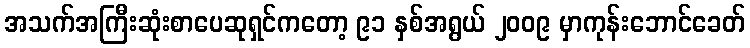
အသက်အကြီးဆုံးစာပေဆုရှင်ကတော့ ၉၁ နှစ်အရွယ် ၂၀၀၉ မှာကုန်းဘောင်ခေတ်